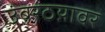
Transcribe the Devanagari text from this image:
उंबरठय़ावर